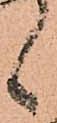
候